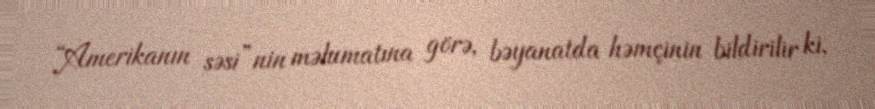
“Amerikanın səsi”nin məlumatına görə, bəyanatda həmçinin bildirilir ki,